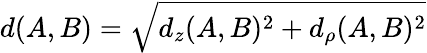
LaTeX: d(A,B)=\sqrt{d_{z}(A,B)^{2}+d_{\rho}(A,B)^{2}}